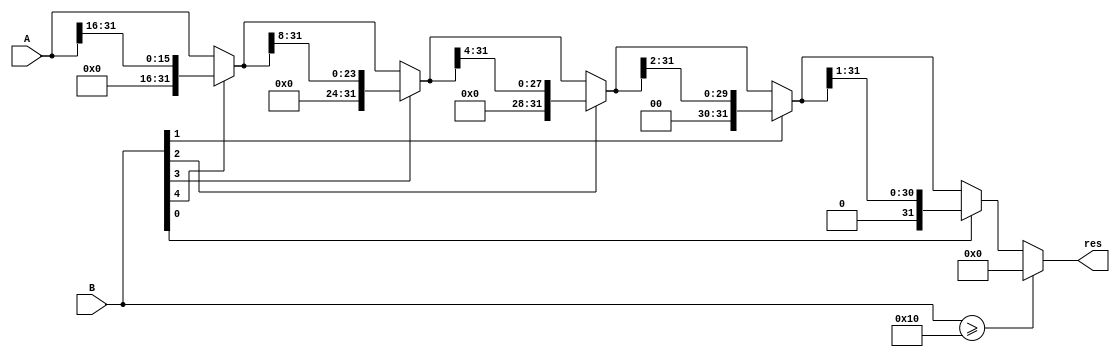
`timescale 1ns / 1ps
//////////////////////////////////////////////////////////////////////////////////
// Company: 
// Engineer: 
// 
// Design Name: 
// Module Name:    and32 
// Project Name: 
// Target Devices: 
// Tool versions: 
// Description: 
//
// Dependencies: 
//
// Revision: 
// Revision 0.01 - File Created
// Additional Comments: 
//
//////////////////////////////////////////////////////////////////////////////////
module srl32(
	input [31:0] A,
	input [31:0] B,
	output reg [31:0] res
);
	always @* begin
		res = A;
		if (B >= 5'b10000) res = 0;
		else begin
			if (B[4]) res = {16'b0, res[31:16]};
			if (B[3]) res = {8'b0, res[31:8]};
			if (B[2]) res = {4'b0, res[31:4]};
			if (B[1]) res = {2'b0, res[31:2]};
			if (B[0]) res = {1'b0, res[31:1]};
		end
	end
endmodule